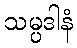
သမ္ပဒါနံ